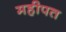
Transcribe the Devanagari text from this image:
महीपत